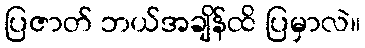
ပြဇာတ် ဘယ်အချိန်ထိ ပြမှာလဲ။